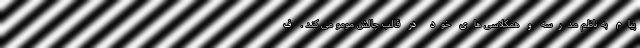
پیام به ناظم مدرسه و همکلاسی های خود در قالب چالش مومو می کند . ف